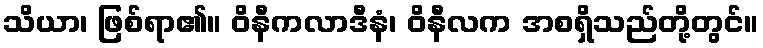
သိယာ၊ ဖြစ်ရာ၏။ ဝိနီကလာဒီနံ၊ ဝိနီလက အစရှိသည်တို့တွင်။